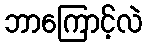
ဘာကြောင့်လဲ